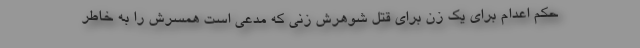
حکم اعدام برای یک زن برای قتل شوهرش زنی که مدعی است همسرش را به خاطر